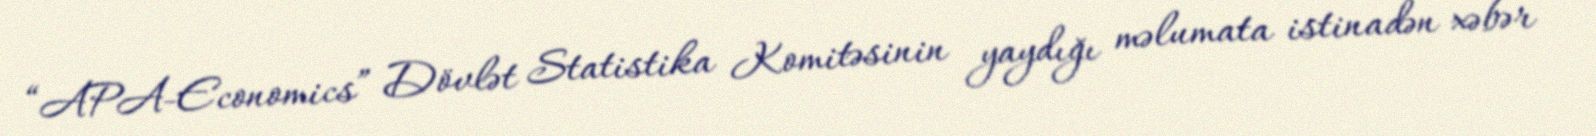
“APA-Economics” Dövlət Statistika Komitəsinin yaydığı məlumata istinadən xəbər